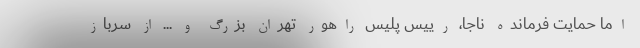
اما حمایت فرمانده ناجا، رییس پلیس راهور تهران بزرگ و ... از سرباز